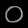
Digit: ၀